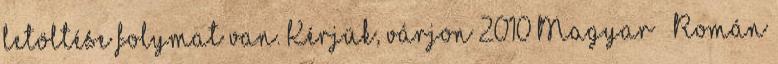
letöltése folymat van. Kérjük, várjon 2010 Magyar – Román